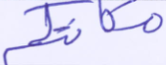
مكانتكم